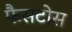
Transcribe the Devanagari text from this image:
फैसटोस